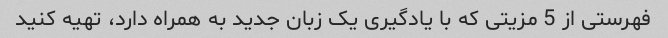
فهرستی از 5 مزیتی که با یادگیری یک زبان جدید به همراه دارد، تهیه کنید